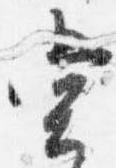
堂